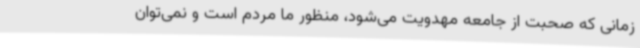
زمانی که صحبت از جامعه مهدویت می‌شود، منظور ما مردم است و نمی‌توان